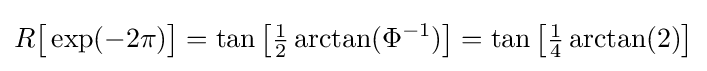
R{\bigl [}\exp(-2\pi ){\bigr ]}=\tan {\bigl [}{\tfrac {1}{2}}\arctan(\Phi ^{-1}){\bigr ]}=\tan {\bigl [}{\tfrac {1}{4}}\arctan(2){\bigr ]}